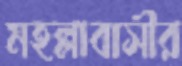
মহল্লাবাসীর